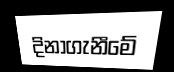
දිනාගැනීමේ